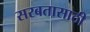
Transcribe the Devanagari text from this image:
सरबतासाठी